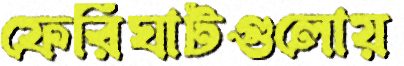
ফেরিঘাটগুলোয়